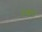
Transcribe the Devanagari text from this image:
उथ्थप